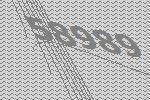
58989